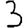
Digit: 3